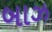
બાઝ